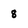
Character: 8